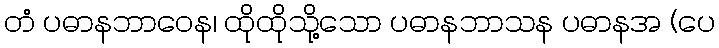
တံ ပဓာနဘာဝေန၊ ထိုထိုသို့သော ပဓာနဘာသန ပဓာနအ (ပေ